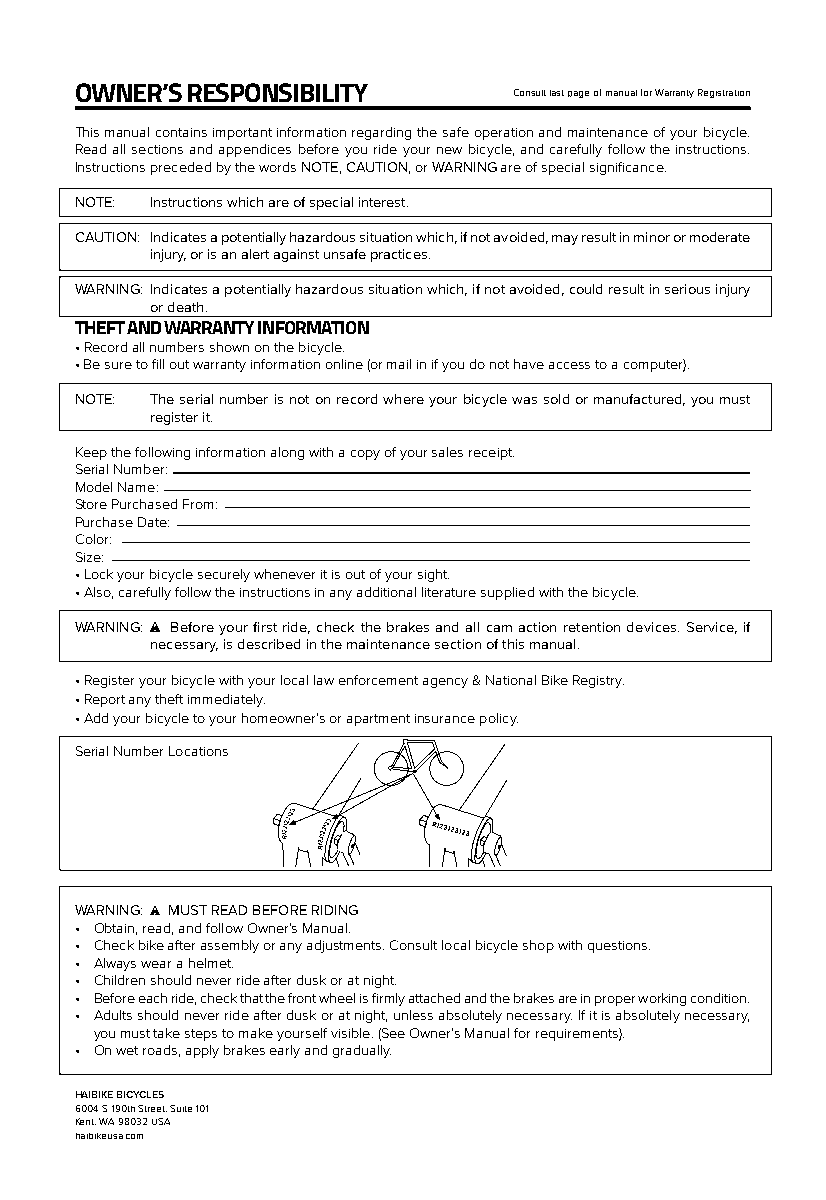
OWNER’S RESPONSIBILITY       Consult last page of manual for Warranty Registration
 This manual contains important information regarding the safe operation and maintenance of your bicycle.
 Read all sections and appendices before you ride your new bicycle, and carefully follow the instructions.
 Instructions preceded by the words NOTE, CAUTION, or WARNING are of special significance.
 NOTE: Instructions which are of special interest.
 CAUTION: Indicates a potentially hazardous situation which, if not avoided, may result in minor or moderate
 injury, or is an alert against unsafe practices.
 WARNING: Indicates a potentially hazardous situation which, if not avoided, could result in serious injury
 or death.
 THEFT AND WARRANTY INFORMATION
 • Record all numbers shown on the bicycle.
 • Be sure to fill out warranty information online (or mail in if you do not have access to a computer).
 NOTE: The serial number is not on record where your bicycle was sold or manufactured, you must
 register it.
 Keep the following information along with a copy of your sales receipt.
 Serial Number:
 Model Name:
 Store Purchased From:
 Purchase Date:
 Color:
 Size:
 • Lock your bicycle securely whenever it is out of your sight.
 • Also, carefully follow the instructions in any additional literature supplied with the bicycle.
 WARNING: Before your first ride, check the brakes and all cam action retention devices. Service, if
 necessary, is described in the maintenance section of this manual.
 • Register your bicycle with your local law enforcement agency & National Bike Registry.
 • Report any theft immediately.
 • Add your bicycle to your homeowner’s or apartment insurance policy.
 Serial Number Locations
 WARNING: MUST READ BEFORE RIDING
 • Obtain, read, and follow Owner’s Manual.
 • Check bike after assembly or any adjustments. Consult local bicycle shop with questions.
 • Always wear a helmet.
 • Children should never ride after dusk or at night.
 • Before each ride, check that the front wheel is firmly attached and the brakes are in proper working condition.
 • Adults should never ride after dusk or at night, unless absolutely necessary. If it is absolutely necessary,
 you must take steps to make yourself visible. (See Owner’s Manual for requirements).
 • On wet roads, apply brakes early and gradually.
 HAIBIKE BICYCLES
 6004 S. 190th Street, Suite 101
 Kent, WA 98032 USA
 haibikeusa.com